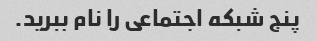
پنج شبکه اجتماعی را نام ببرید.